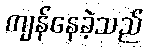
ကျန်နေခဲ့သည်